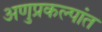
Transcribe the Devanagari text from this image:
अणुप्रकल्पांत